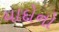
યાદોનો